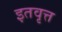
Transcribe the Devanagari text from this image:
इतवृत्त